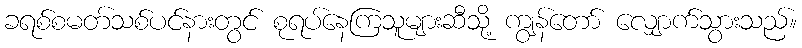
ခရစ်စမတ်သစ်ပင်နားတွင် စုရပ်နေကြသူများဆီသို့ ကျွန်တော် လျှောက်သွားသည်။